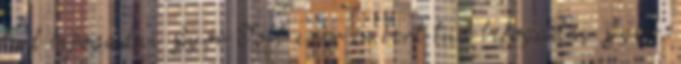
tud befogadni Győr Több ezer embert tud befogadni Győr,